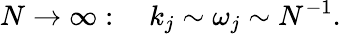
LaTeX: N\to\infty:\quad k_{j}\sim\omega_{j}\sim N^{-1}.